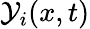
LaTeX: \mathcal{Y}_{i}(x,t)